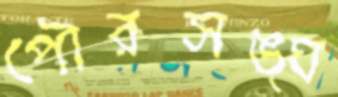
পৌরসঙ্ঘ